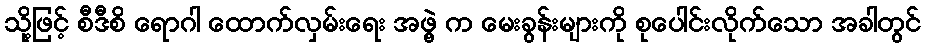
သို့ဖြင့် စီဒီစိ ရောဂါ ထောက်လှမ်းရေး အဖွဲ့ က မေးခွန်းများကို စုပေါင်းလိုက်သော အခါတွင်